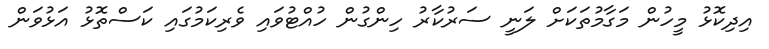
އިދިކޮޅު މީހުން މަގާމުތަކަށް ލަނީ ސަރުކާރު ހިންގުން ހުއްޓުވައި ވެރިކަމުގައި ކަސްތޮޅު އަޅުވަން